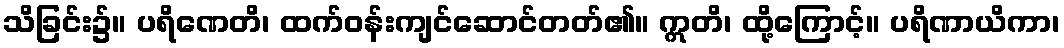
သိခြင်း၌။ ပရိဏေတိ၊ ထက်ဝန်းကျင်ဆောင်တတ်၏။ ဣတိ၊ ထို့ကြောင့်။ ပရိဏာယိကာ၊